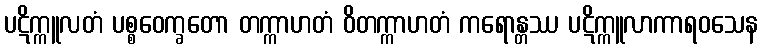
ပဋိက္ကူလတံ ပစ္စဝေက္ခတော တက္ကာဟတံ ဝိတက္ကာဟတံ ကရောန္တဿ ပဋိက္ကူလာကာရဝသေန